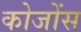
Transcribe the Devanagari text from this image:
कोजोंस